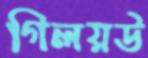
গিলয়উ